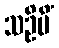
သဦမိံ